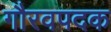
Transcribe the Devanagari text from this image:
गौरवपदक